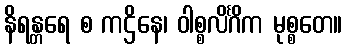
နိရန္တရေ စ ကဌိနေ၊ ဝါစ္စလိင်္ဂိက မုစ္စတေ။